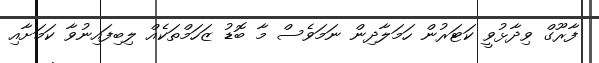
ފާރޫގް ވިދާޅުވީ ކަޓަރުން ހަމަލާދިން ނަމަވެސް މާ ބޮޑު ޒަހަމްތަކެއް ލިބިފައިނުވާ ކަމަށާއި